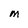
Character: M